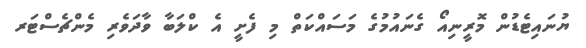
ޔުނައިޓެޑުން މޮރީނިއޯ ގެނައުމުގެ މަސައްކަތް މި ފެށީ އެ ކްލަބާ ވާދަވެރި މެންޗެސްޓަރ